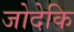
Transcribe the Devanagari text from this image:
जोदेकि